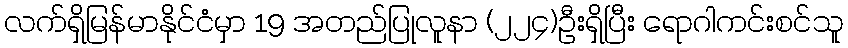
လက်ရှိမြန်မာနိုင်ငံမှာ 19 အတည်ပြုလူနာ (၂၂၄)ဦးရှိပြီး ရောဂါကင်းစင်သူ